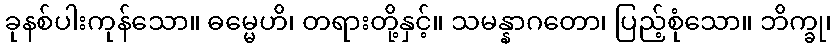
ခုနစ်ပါးကုန်သော။ ဓမ္မေဟိ၊ တရားတို့နှင့်။ သမန္နာဂတော၊ ပြည့်စုံသော။ ဘိက္ခု၊